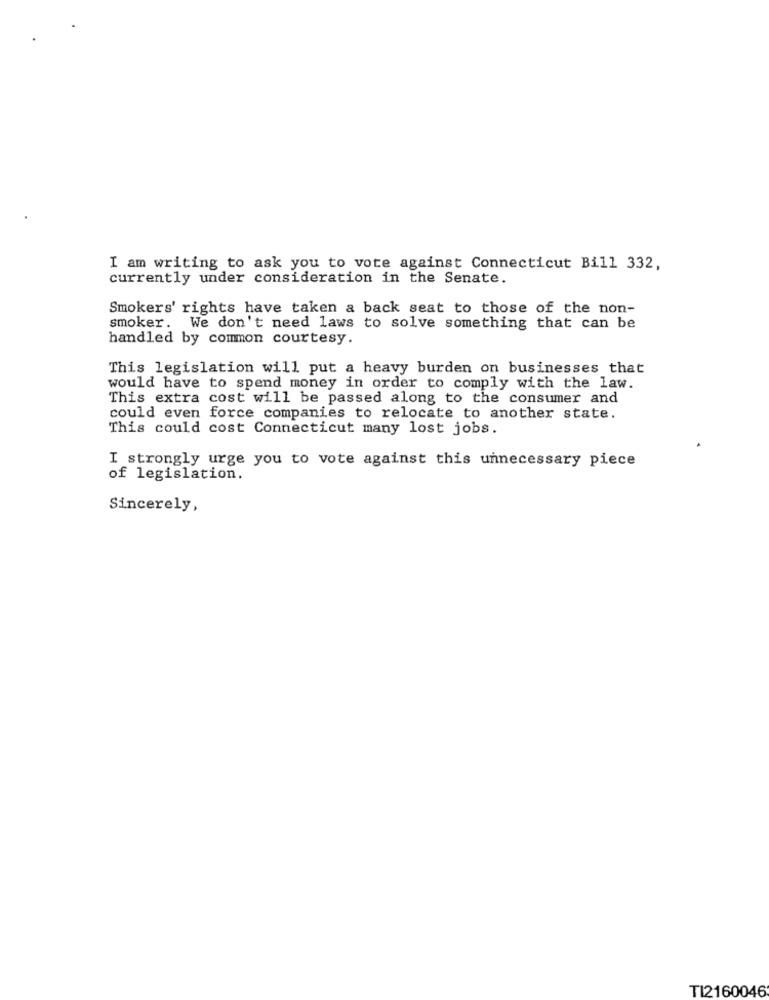
I am writing to ask you to vote against Connecticut Bill 332,
currently under consideration in the Senate.
Smokers' rights have taken a back seat to those of the non-
smoker. We don't need laws to solve something that can be
handled by common courtesy.
This legislation will put a heavy burden on businesses that
would have to spend money in order to comply with the law.
This extra cost will be passed along to the consumer and
could even force companies to relocate to another state.
This could cost Connecticut many lost jobs.
I strongly urge you to vote against this unnecessary piece
of legislation.
Sincerely,
TI2160046